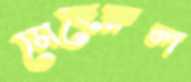
মেহেরুল